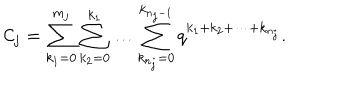
LaTeX: { \cal C } _ { j } = \sum _ { k _ { 1 } = 0 } ^ { m _ { j } } \sum _ { k _ { 2 } = 0 } ^ { k _ { 1 } } \ldots \sum _ { k _ { n _ { j } } = 0 } ^ { k _ { n _ { j } - 1 } } q ^ { k _ { 1 } + k _ { 2 } + \cdots + k _ { n _ { j } } } .